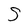
Character: S